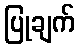
ပြုချက်